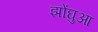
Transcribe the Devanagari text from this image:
झोंघुआ